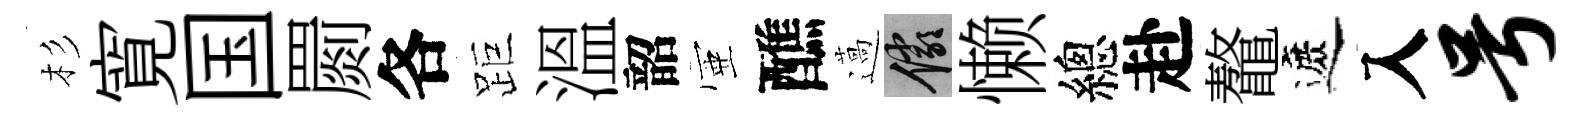
杉寛国罽各距溫韶壺醮薖儼懒總赴鼇遮入号